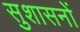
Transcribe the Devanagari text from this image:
सुशासनों